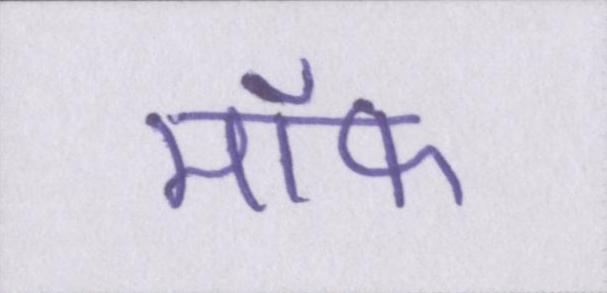
मॉफ